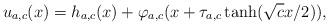
LaTeX: \begin{align*}u_{a,c}(x) = h_{a,c}(x)+\varphi_{a,c}(x+\tau_{a,c}\tanh(\sqrt c x/2)),\end{align*}